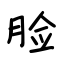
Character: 脸